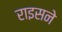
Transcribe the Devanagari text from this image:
राइसने